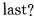
last?